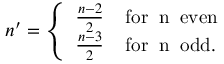
n ^ { \prime } = \left\{ \begin{array} { l } { { \frac { n - 2 } { 2 } \; \; \; \; \mathrm { f o r \; \; n \; \; e v e n } } } \\ { { \frac { n - 3 } { 2 } \; \; \; \; \mathrm { f o r \; \; n \; \; o d d } . } } \end{array} \right.